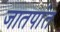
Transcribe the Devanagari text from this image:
जातपांत